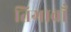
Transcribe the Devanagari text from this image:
तिगावाँ